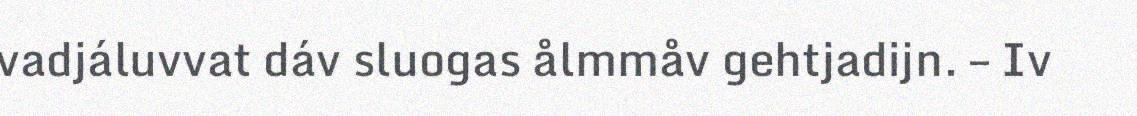
vadjáluvvat dáv sluogas ålmmåv gehtjadijn. – Iv